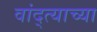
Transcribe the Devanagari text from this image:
वांद्त्‍याच्या